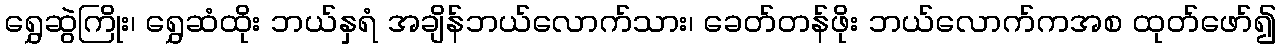
ရွှေဆွဲကြိုး၊ ရွှေဆံထိုး ဘယ်နှရံ အချိန်ဘယ်လောက်သား၊ ခေတ်တန်ဖိုး ဘယ်လောက်ကအစ ထုတ်ဖော်၍